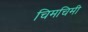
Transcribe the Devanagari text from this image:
चिमचिमी